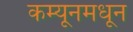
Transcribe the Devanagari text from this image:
कम्यूनमधून